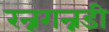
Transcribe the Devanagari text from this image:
रन्नगन्नडी